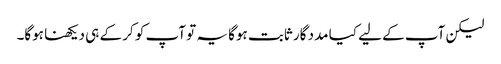
لیکن آپ کے لیے کیا مدد گار ثابت ہوگا یہ تو آپ کو کر کے ہی دیکھنا ہوگا۔